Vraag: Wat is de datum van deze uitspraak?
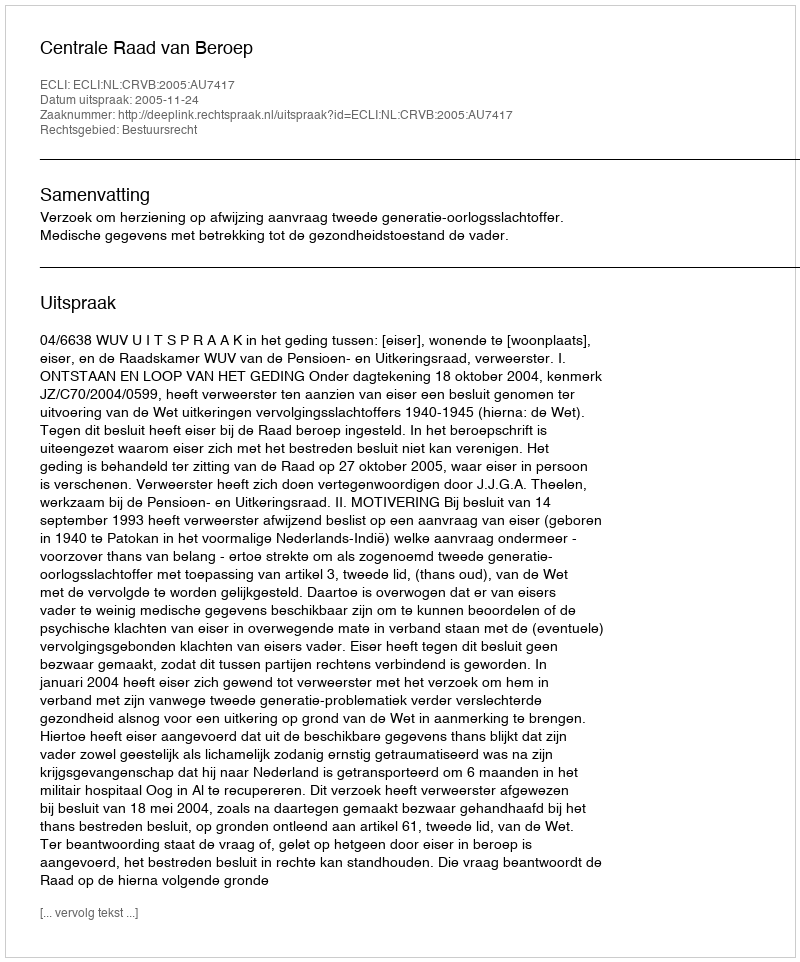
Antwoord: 2005-11-24